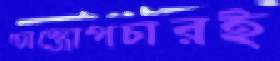
অস্ত্রোপচারই